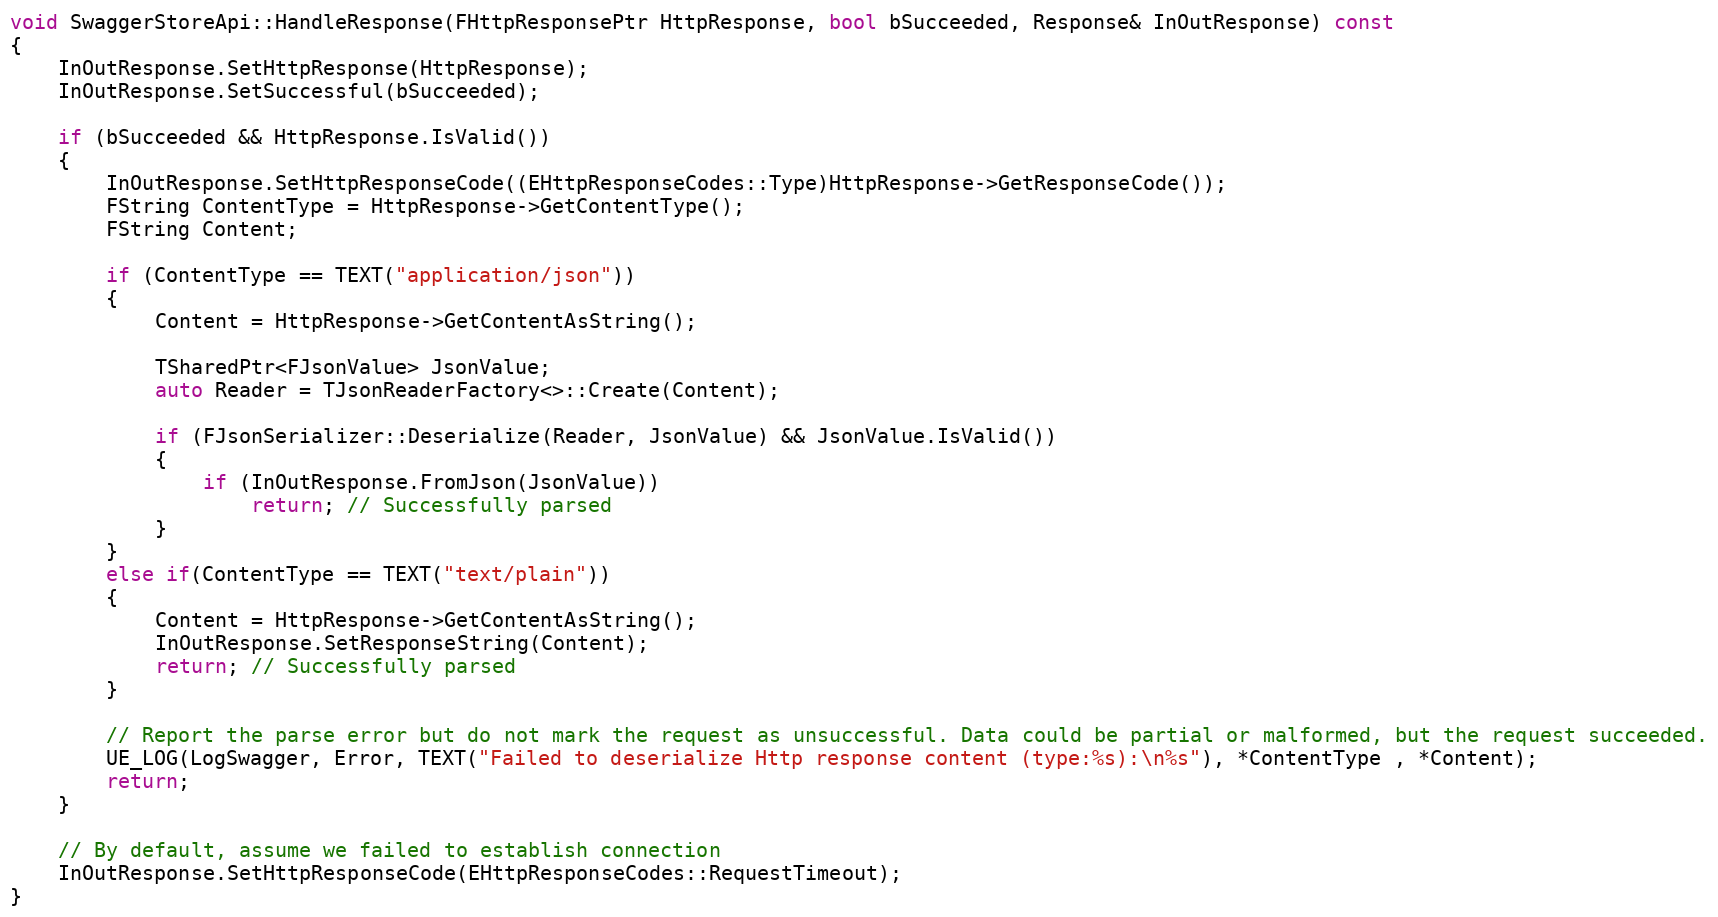
Language: C++
void SwaggerStoreApi::HandleResponse(FHttpResponsePtr HttpResponse, bool bSucceeded, Response& InOutResponse) const
{
	InOutResponse.SetHttpResponse(HttpResponse);
	InOutResponse.SetSuccessful(bSucceeded);

	if (bSucceeded && HttpResponse.IsValid())
	{
		InOutResponse.SetHttpResponseCode((EHttpResponseCodes::Type)HttpResponse->GetResponseCode());
		FString ContentType = HttpResponse->GetContentType();
		FString Content;

		if (ContentType == TEXT("application/json"))
		{
			Content = HttpResponse->GetContentAsString();

			TSharedPtr<FJsonValue> JsonValue;
			auto Reader = TJsonReaderFactory<>::Create(Content);

			if (FJsonSerializer::Deserialize(Reader, JsonValue) && JsonValue.IsValid())
			{
				if (InOutResponse.FromJson(JsonValue))
					return; // Successfully parsed
			}
		}
		else if(ContentType == TEXT("text/plain"))
		{
			Content = HttpResponse->GetContentAsString();
			InOutResponse.SetResponseString(Content);
			return; // Successfully parsed
		}

		// Report the parse error but do not mark the request as unsuccessful. Data could be partial or malformed, but the request succeeded.
		UE_LOG(LogSwagger, Error, TEXT("Failed to deserialize Http response content (type:%s):\n%s"), *ContentType , *Content);
		return;
	}

	// By default, assume we failed to establish connection
	InOutResponse.SetHttpResponseCode(EHttpResponseCodes::RequestTimeout);
}